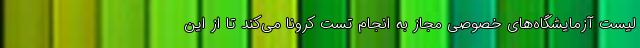
لیست آزمایشگاه‌های خصوصی مجاز به انجام تست کرونا می‌کند تا از این